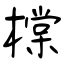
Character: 橖